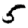
Digit: 5